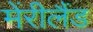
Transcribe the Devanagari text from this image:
मेंरीलैंड